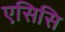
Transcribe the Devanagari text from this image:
एसिसि